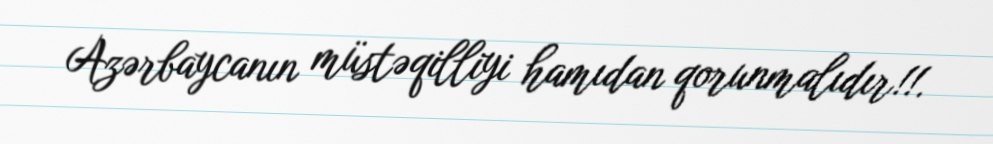
Azərbaycanın müstəqilliyi hamıdan qorunmalıdır!!.